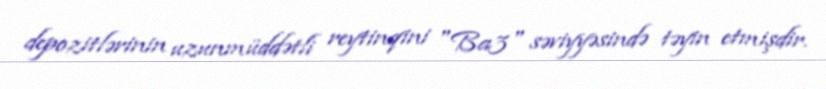
depozitlərinin uzunmüddətli reytinqini "Ba3" səviyyəsində təyin etmişdir.